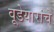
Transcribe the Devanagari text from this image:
वूडेयारांचे